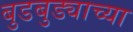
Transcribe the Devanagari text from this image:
बुडबुड्याच्या